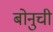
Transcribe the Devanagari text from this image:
बोनुची